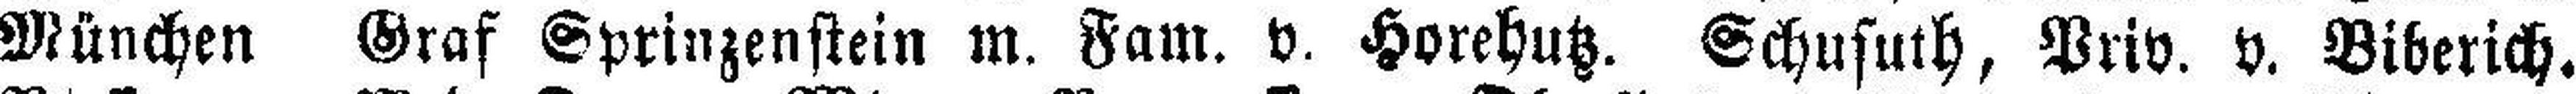
München Graf Sprinzenstein m. Fam. v. Horehutz. Schusuth, Priv. v. Biberich.